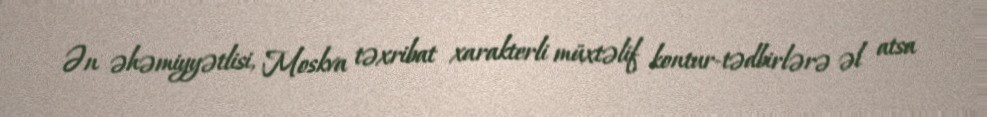
Ən əhəmiyyətlisi, Moskva təxribat xarakterli müxtəlif kontur-tədbirlərə əl atsa